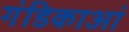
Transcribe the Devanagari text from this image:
गंडिकाआं